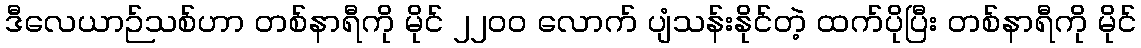
ဒီလေယာဉ်သစ်ဟာ တစ်နာရီကို မိုင် ၂၂၀၀ လောက် ပျံသန်းနိုင်တဲ့ ထက်ပိုပြီး တစ်နာရီကို မိုင်